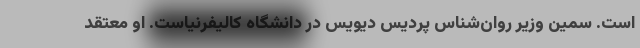
است. سمین وزیر روان‌شناسِ پردیس دیویس در دانشگاه کالیفرنیاست. او معتقد